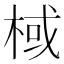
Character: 棫